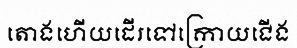
តោងហើយដើរទៅក្រោយជើង